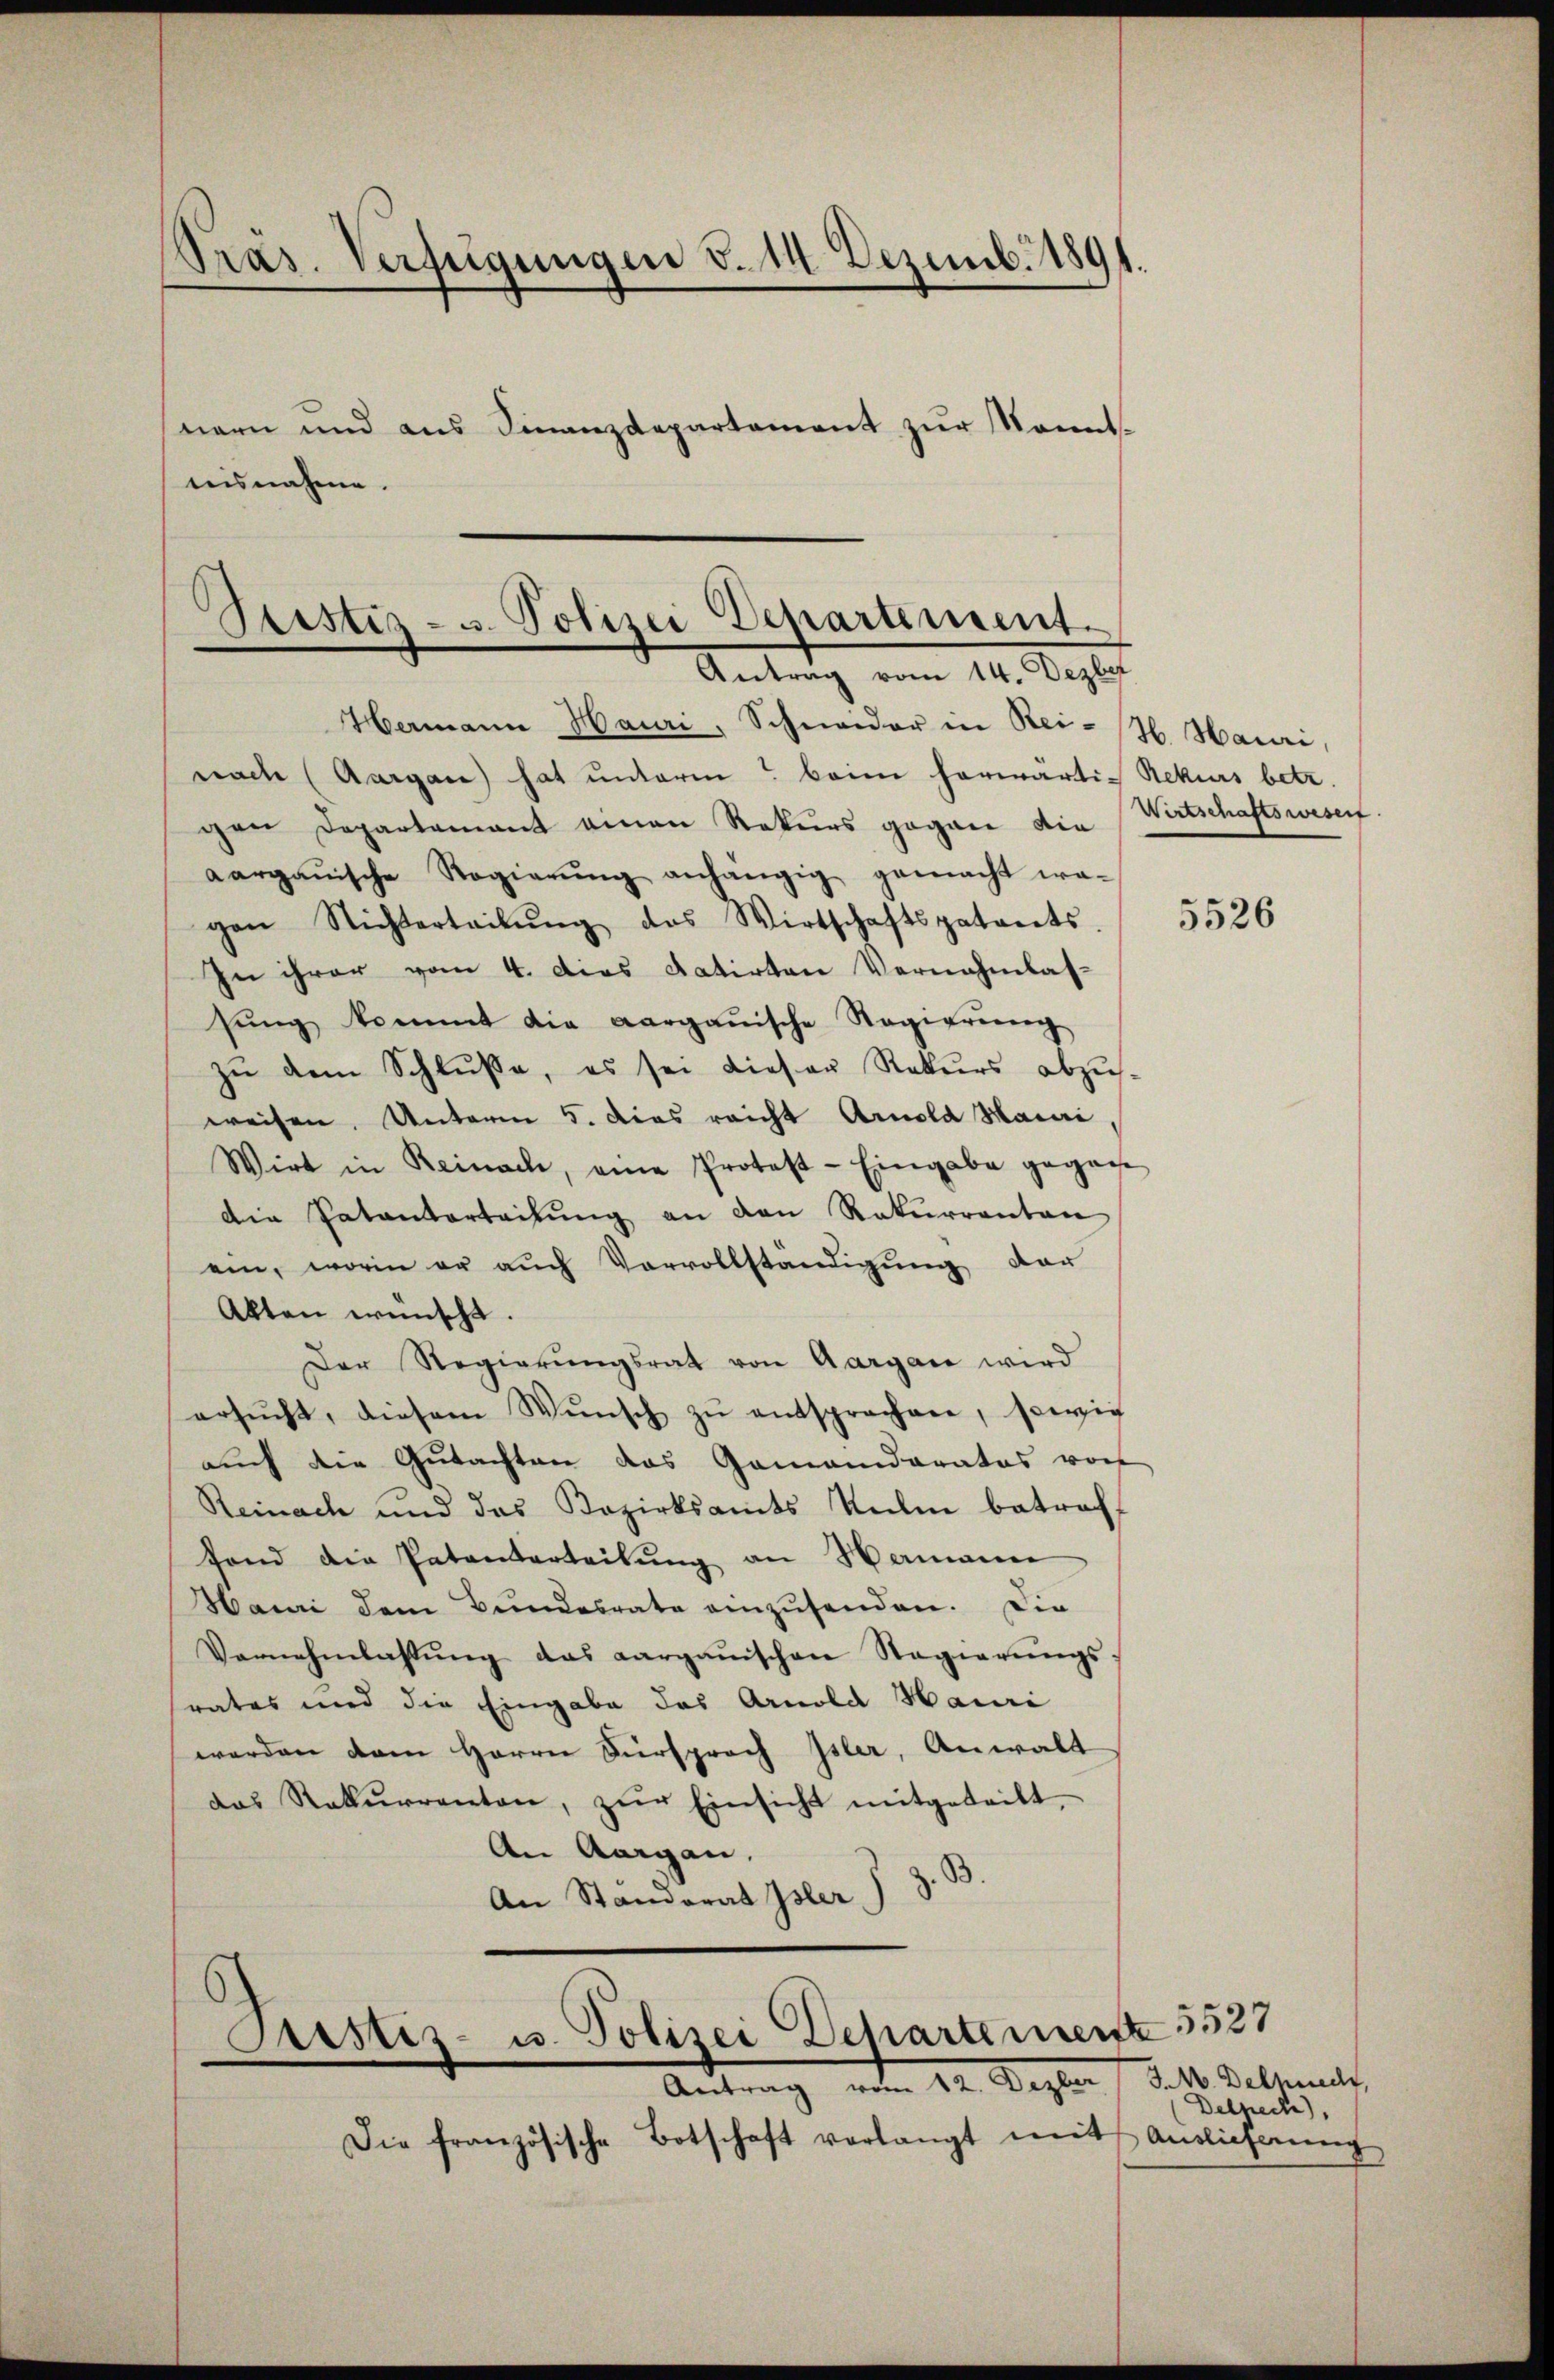
Präs. Verfügungen d. 14 Dezemb. 1891.
nern und aus Finanzdepartement zur Sonnt.
nisnahme.

Bestiz- u. Polizei Departement.
Antrag vom 14. Dezber

Astiz- u. Polizei Departement 3531
Antrag vom 12. Dezber

Hermann Hauri, Schweider in Rei-H. Harri,
nach (Aargau hat unterm beim herwärtig Rekurs betr.
gen Departement einen Rekurs gegen die
aargauische Regierŭng anhängig gemacht wa-
gen Nichterteilŭng das Wirtschaftspatreets.
In ihrer vom 4. Dies datirten Vernahmlas-
sŭng kommt die aargauische Regierŭng
zu dem Schluße, es sei dieser Rekurs abzusweisen. Unterm 5. Das reicht Arnold Maiai,
Wirt in Reinach, eine Protest - Eingabe gegan
die Patanterteilung an den Rekurrenten
ein, worin er auch Vervollständigung der
Akten wünscht.
Der Regierŭngsrat von Aargau wird
ersŭcht, diesem Wŭnsch zŭ entsprochen, sowie
auch die Gutachten das Gemanderates von
Reinach und das Bezirksamts Ruhme betroff
fond die Patenterteilung an Hermann
Hauri dem Bundesrate einzusenden. Die
Vernehmlassŭng das Aargauischen Regierŭngs-
rates und die Eingabe des Arnold Hauri
werden dem Herrn Fürsprach Isler, Anwalt
das Rekurrenten, zŭr Einsicht mitgeteilt,
An Aargau.
An Ständerat Isler J. Z. B.

Die französische Botschaft verlangt mit Auslicherŭng

Wirtschaftswesen

J. M. Delpnedt,
Delhech),

5526